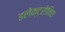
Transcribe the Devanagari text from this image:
इलेक्ट्रोनिय